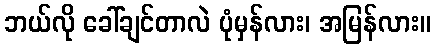
ဘယ်လို ခေါ်ချင်တာလဲ ပုံမှန်လား၊ အမြန်လား။